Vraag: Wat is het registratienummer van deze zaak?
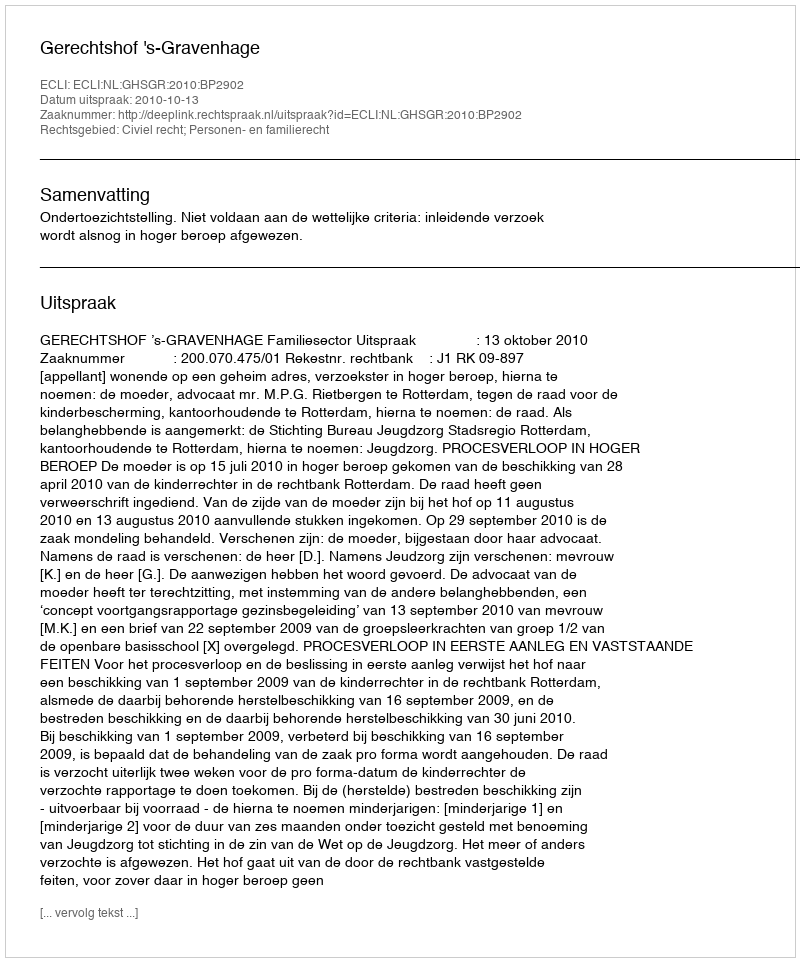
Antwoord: http://deeplink.rechtspraak.nl/uitspraak?id=ECLI:NL:GHSGR:2010:BP2902